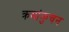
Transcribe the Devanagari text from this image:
क्रमांकुचन